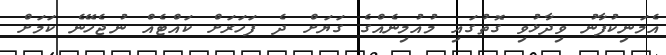
އެމަނިކުފާނު ވިދާޅުވި ގޮތުގައި މުއުމިނެއްގެ ގަޔަށް ދެ ފަހަރަށް ކައްޓެއް ނުޖެހޭނެ ކަމަށް